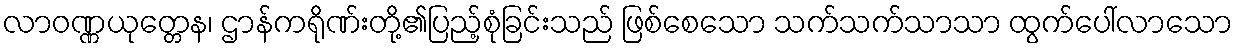
လာဝဏ္ဏယုတ္တေန၊ ဌာန်ကရိုဏ်းတို့၏ပြည့်စုံခြင်းသည် ဖြစ်စေသော သက်သက်သာသာ ထွက်ပေါ်လာသော